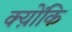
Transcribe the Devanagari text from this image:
क्य़ोंकि